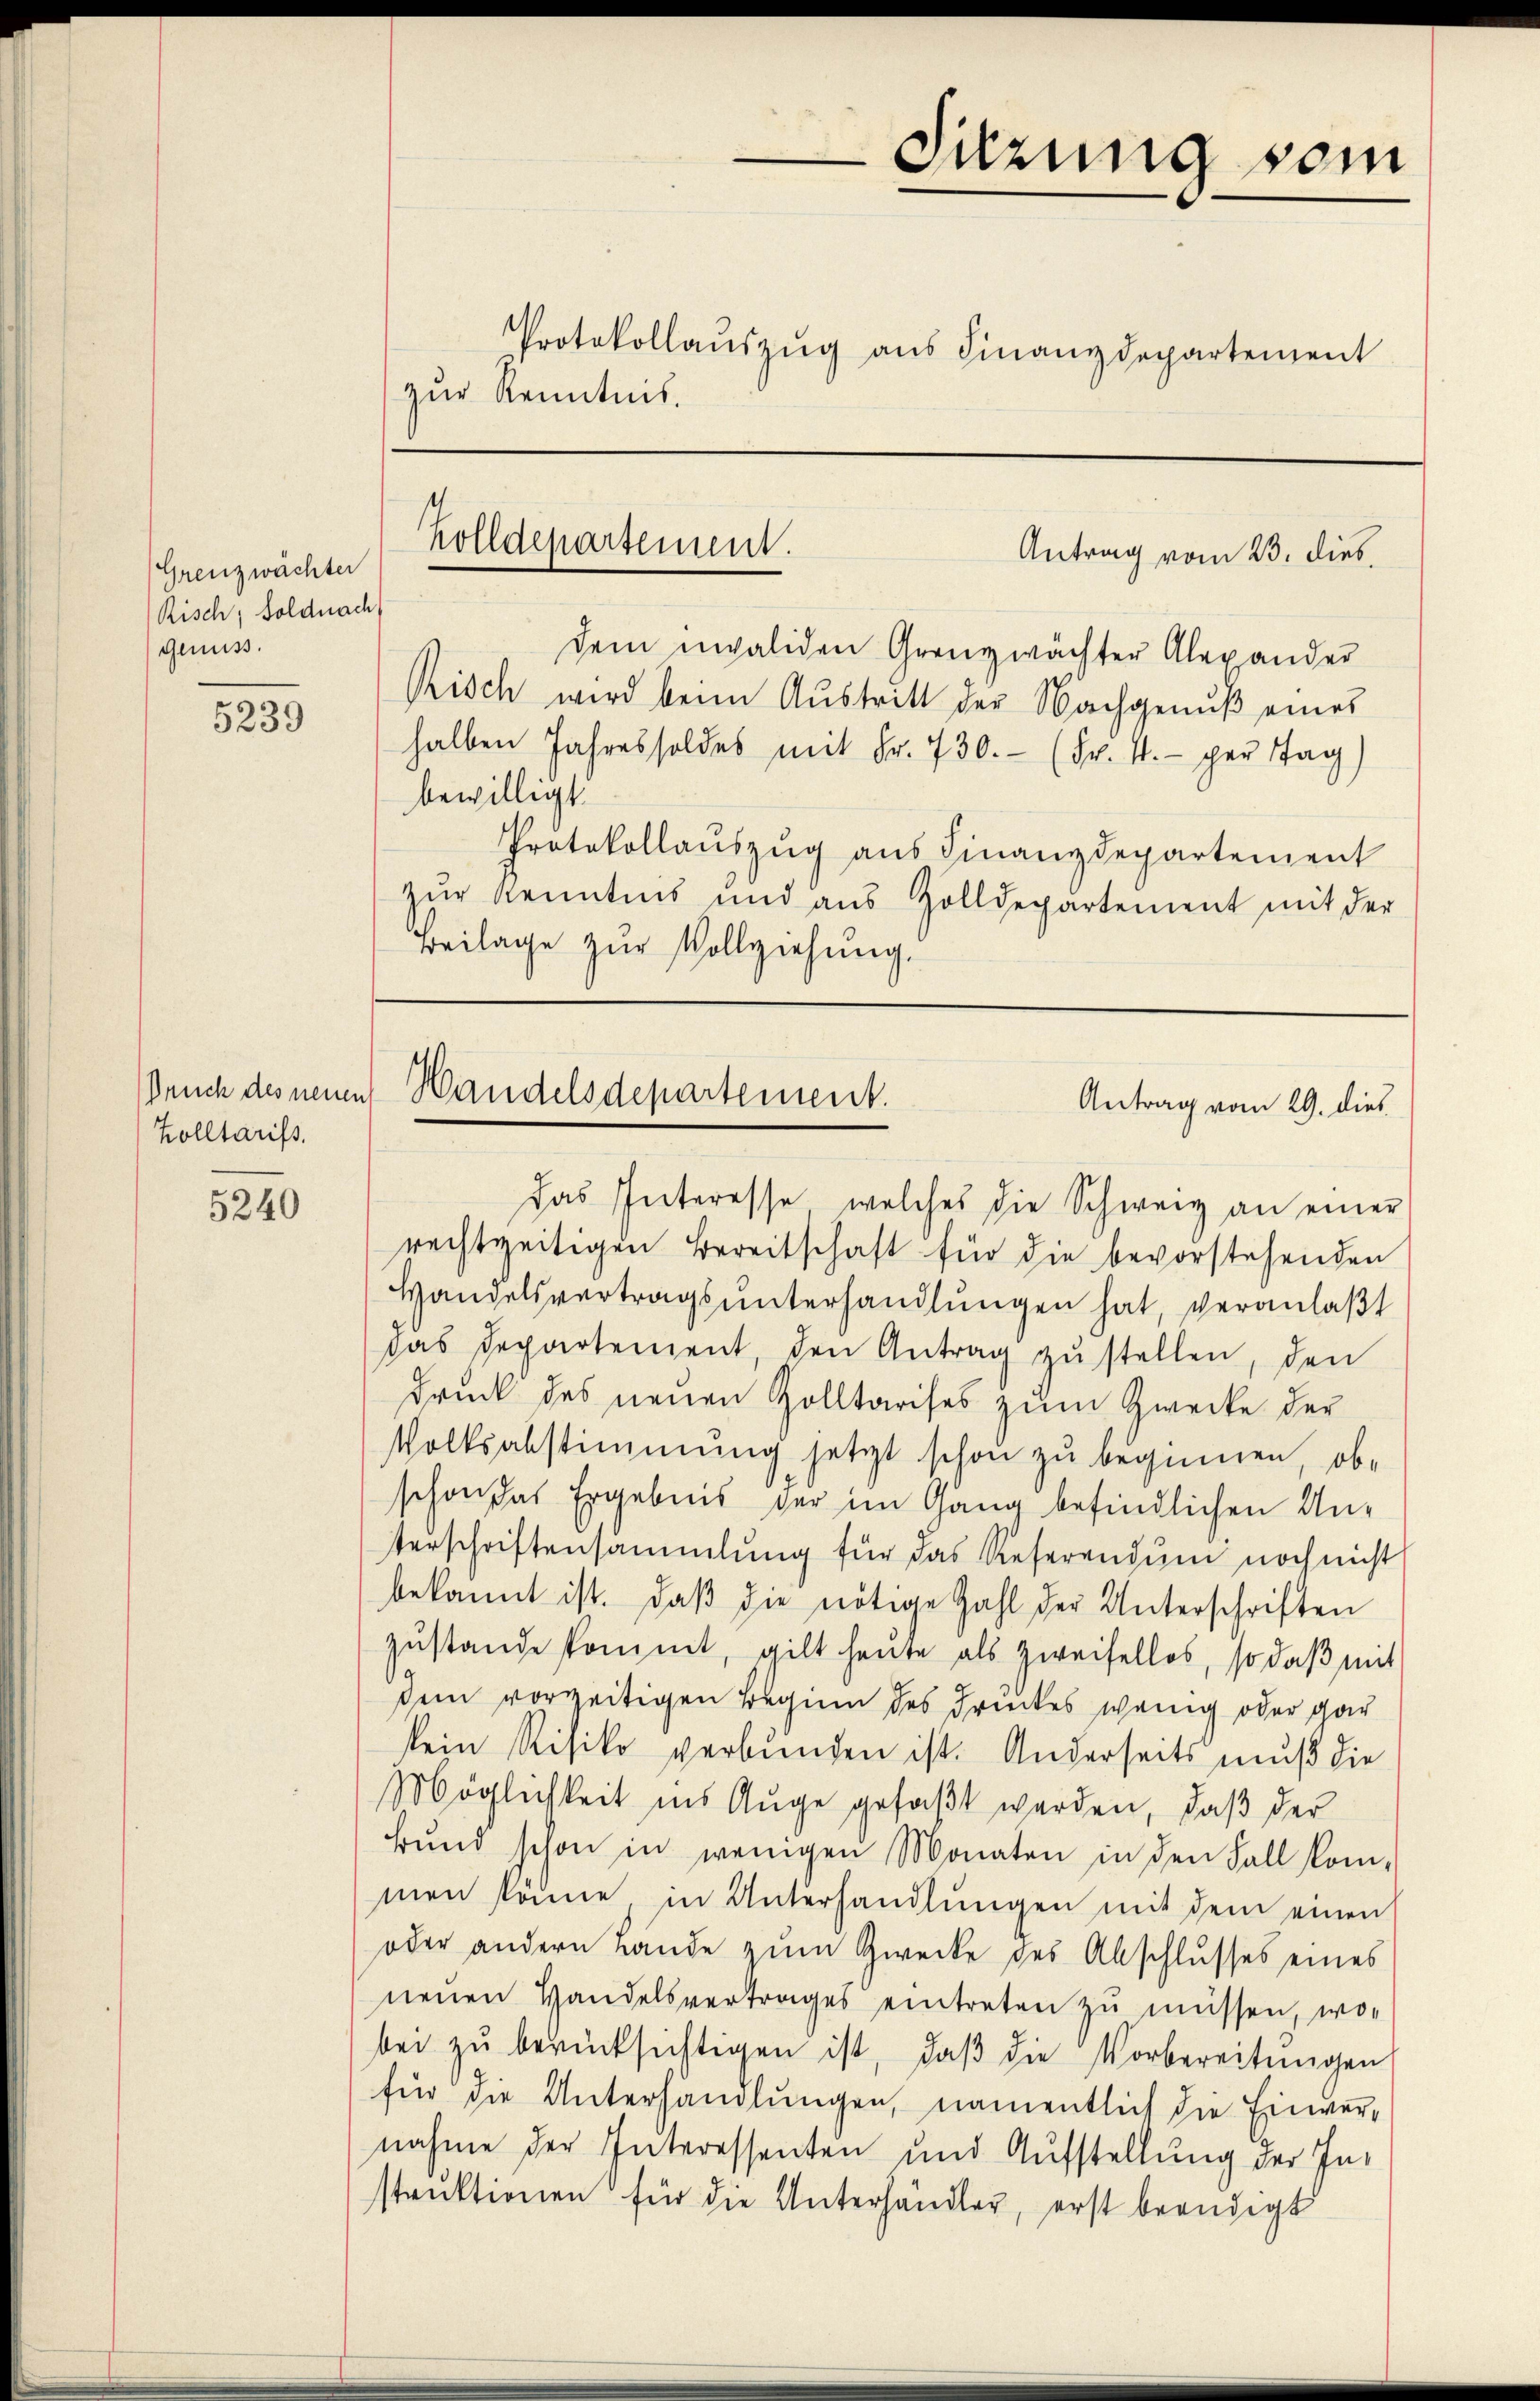
Grenzwächter
Risch, Soldnach
genuss.

5239

Bruch des neuen
Zolltarifs.

5240

Sitzung vom
Protokollauszug aus Finanzdepartement
zur Kenntnis.

Zolldepartement.

Antrag vom 23. dies

dem invaliden Grenzwächter Alexander
Risch wird beim Austritt der Nachgenuß eines
halben Jahres soldes mit Fr. 730.- (Fr. 4. per Tag)
bewilligt.
Protokollaŭszŭg aŭs Finanzdepartement
zur Kenntnis und aus Zolldepartement mit der
Beilage zur Vollziehung.

Handelsdepartement.
Antrag vom 29. dies

das Interesse, welches die Schweiz an einer
rechtzeitigen Bereitschaft für die bevorstehenden
Handelsvertragsŭnterhandlŭngen hat, veranlaßt
das Departement, den Antrag zu stellen, den
Druck des neuen Zolltarises zum Zwecke der
Volksabstimmung jetzt schon zu beginnen, ob-
schon das Ergebnis der im Gang befindlichen Unterschriftensammlung für das Referendum noch nicht
bekannt ist. Daβ die nötige Zahl der Unterschriften
zŭstande kommt, gilt heute als Zweifellos, so daβ mit
sein vorzeitigen Beginn des Druckes wenig oder gar
kein Risiko verbunden ist. Anderseits muß die
Möglichkeit ins Auge gefaßt werden, daß der
Bŭnd schon in wenigen Monaten in den Fall kom-
men könne in Unterhandlŭngen mit dem einen
oder andern Lände zum Zwecke des Abschlusses eines
nenen Handelsvertrages eintreten zu müssen, wo-
bei zŭ berücksichtigen ist, daβ die Vorbereitŭngen
für die Unterhandlŭngen, namentlich die Einver-
nahme der Interessenten und Aufstellung der Instruktionen für die Unterhändler, erst beendigt